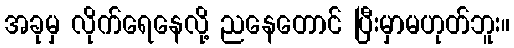
အခုမှ လိုက်ရေနေလို့ ညနေတောင် ပြီးမှာမဟုတ်ဘူး။